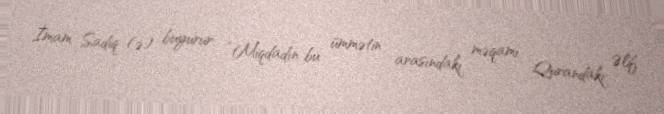
İmam Sadiq (ə) buyurur: “Miqdadın bu ümmətin arasındakı məqamı Qurandakı Əlif